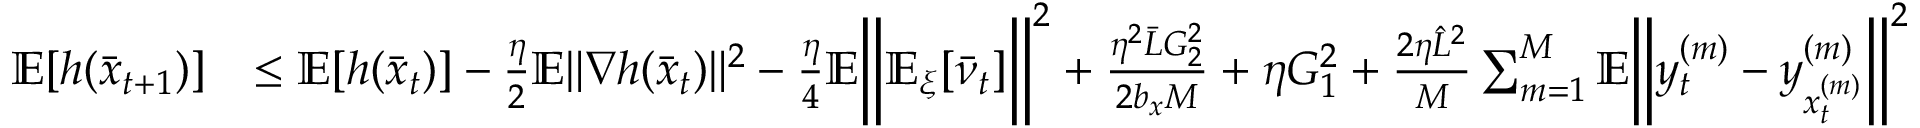
\begin{array} { r l } { \mathbb { E } [ h ( \bar { x } _ { t + 1 } ) ] } & { \leq \mathbb { E } [ h ( \bar { x } _ { t } ) ] - \frac { \eta } { 2 } \mathbb { E } \| \nabla h ( \bar { x } _ { t } ) \| ^ { 2 } - \frac { \eta } { 4 } \mathbb { E } \bigg \| \mathbb { E } _ { \xi } [ \bar { \nu } _ { t } ] \bigg \| ^ { 2 } + \frac { \eta ^ { 2 } \bar { L } G _ { 2 } ^ { 2 } } { 2 b _ { x } M } + \eta G _ { 1 } ^ { 2 } + \frac { 2 \eta \hat { L } ^ { 2 } } { M } \sum _ { m = 1 } ^ { M } \mathbb { E } \bigg \| y _ { t } ^ { ( m ) } - y _ { x _ { t } ^ { ( m ) } } ^ { ( m ) } \bigg \| ^ { 2 } } \end{array}